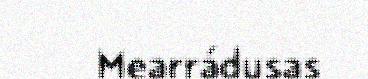
Mearrádusas